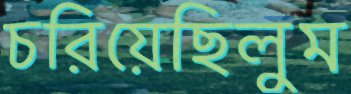
চরিয়েছিলুম